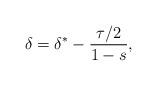
LaTeX: \begin{align*}\delta = \delta^* - \frac{\tau/2}{1-s},\end{align*}